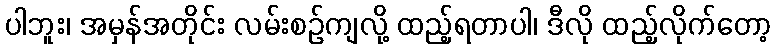
ပါဘူး၊ အမှန်အတိုင်း လမ်းစဉ်ကျလို့ ထည့်ရတာပါ၊ ဒီလို ထည့်လိုက်တော့